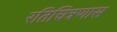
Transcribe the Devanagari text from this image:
रतिचित्रणास